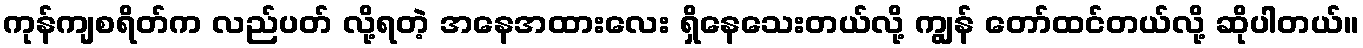
ကုန်ကျစရိတ်က လည်ပတ် လို့ရတဲ့ အနေအထားလေး ရှိနေသေးတယ်လို့ ကျွန် တော်ထင်တယ်လို့ ဆိုပါတယ်။